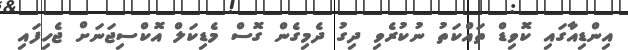
އިންޑިއާގައި ކޮވިޑް ތައްކަތު ނުކުރެވި ދިގު ދެމިގެން ގޮސް މެޑިކަލް އޮކްސިޖަނަށް ޖެހިފައި